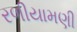
રળીયામણી